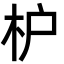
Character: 枦